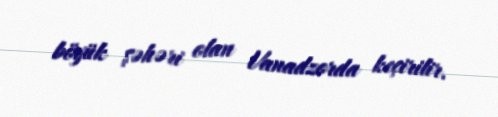
böyük şəhəri olan Vanadzorda keçirilir.